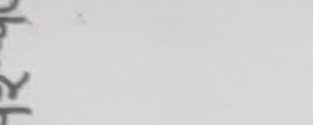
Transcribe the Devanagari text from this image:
के